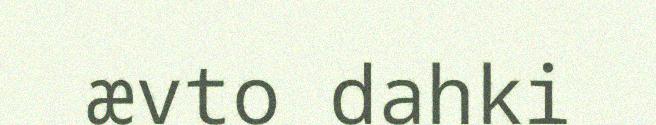
ævto dahki